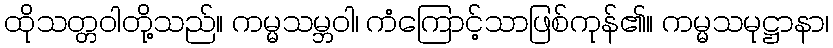
ထိုသတ္တဝါတို့သည်။ ကမ္မသမ္ဘဝါ၊ ကံကြောင့်သာဖြစ်ကုန်၏။ ကမ္မသမုဋ္ဌာနာ၊